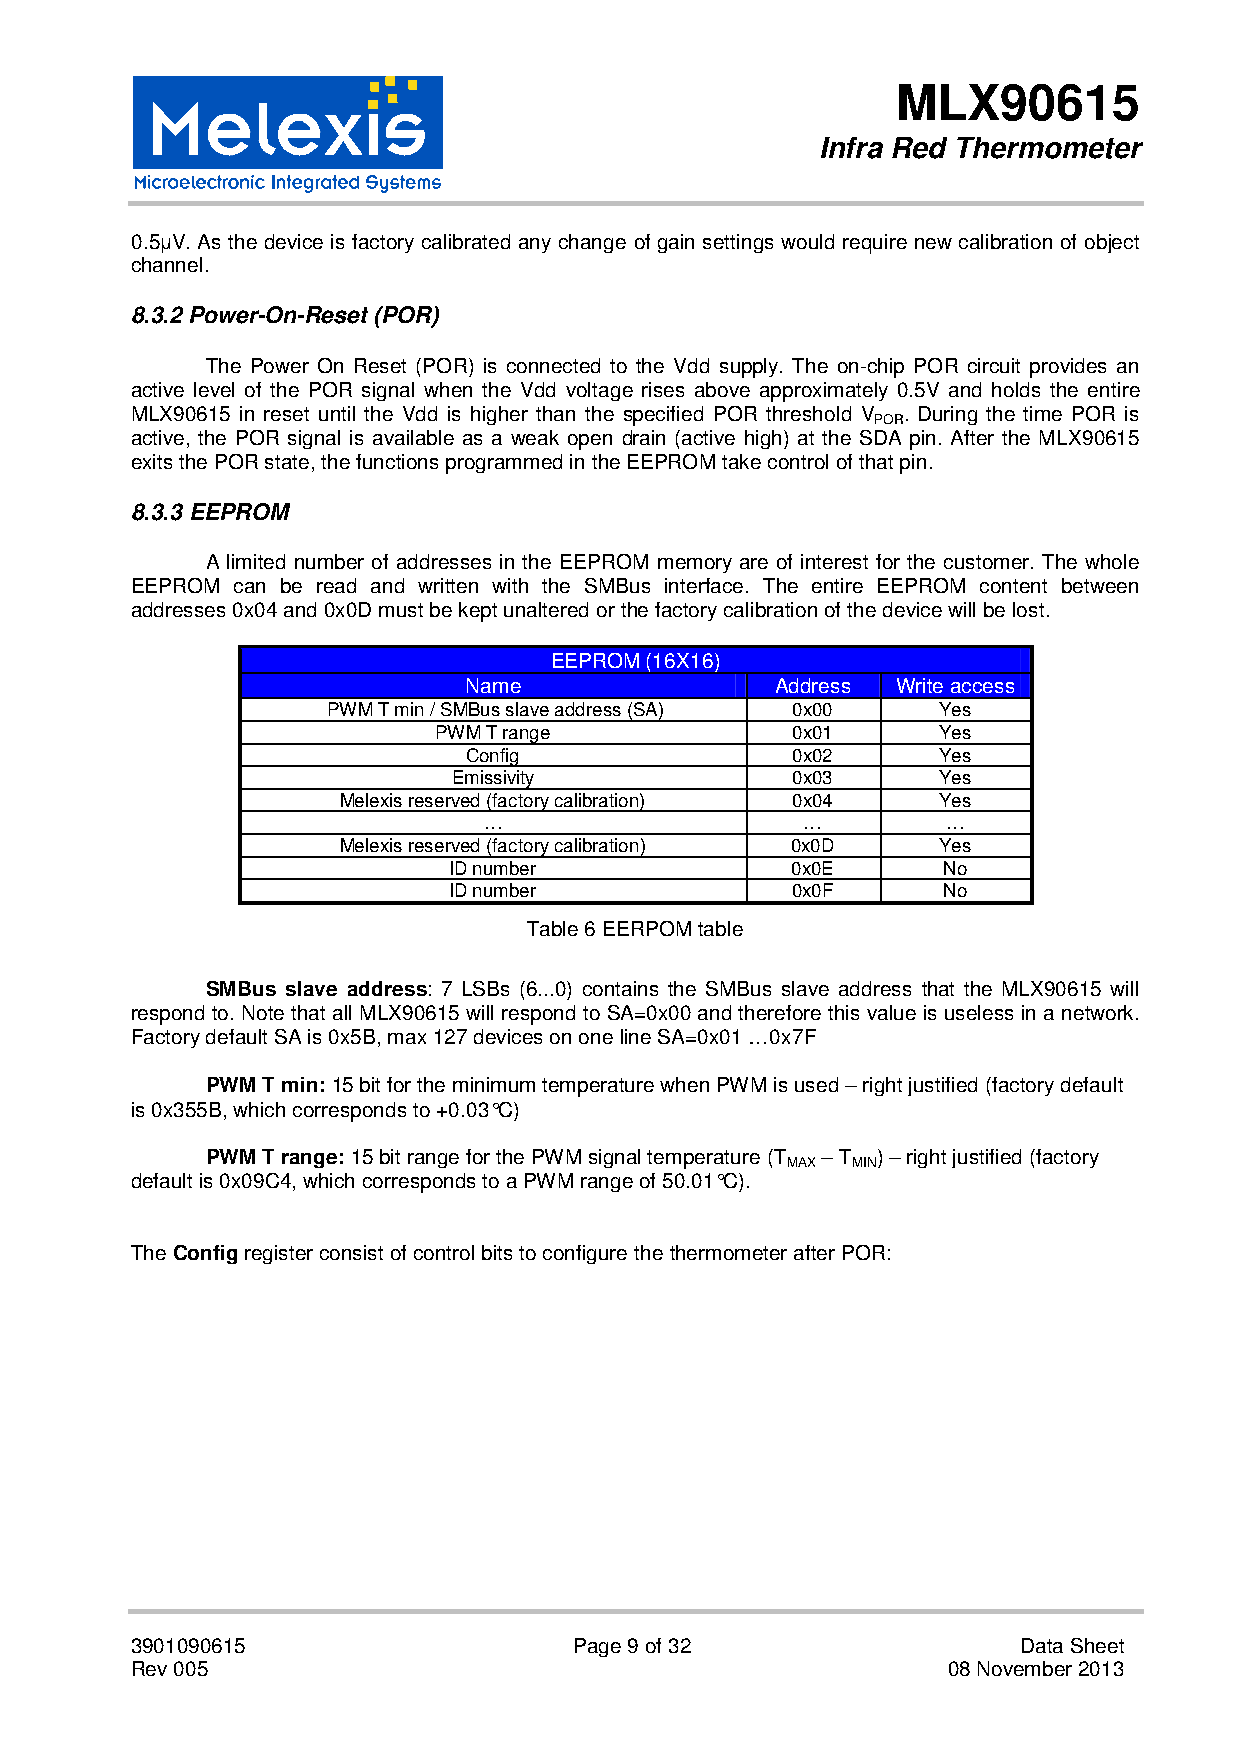
MLX90615
 Infra Red Thermometer
 0.5µV. As the device is factory calibrated any change of gain settings would require new calibration of object
 channel.
 8.3.2 Power-On-Reset (POR)
 The Power On Reset (POR) is connected to the Vdd supply. The on-chip POR circuit provides an
 active level of the POR signal when the Vdd voltage rises above approximately 0.5V and holds the entire
 MLX90615 in reset until the Vdd is higher than the specified POR threshold V . During the time POR is
 POR
 active, the POR signal is available as a weak open drain (active high) at the SDA pin. After the MLX90615
 exits the POR state, the functions programmed in the EEPROM take control of that pin.
 8.3.3 EEPROM
 A limited number of addresses in the EEPROM memory are of interest for the customer. The whole
 EEPROM can be read and written with the SMBus interface. The entire EEPROM content between
 addresses 0x04 and 0x0D must be kept unaltered or the factory calibration of the device will be lost.
 EEPROM (16X16)
 Name                Address Write access
 PWM T min / SMBus slave address (SA) 0x00 Yes
 PWM T range            0x01      Yes
 Config               0x02      Yes
 Emissivity            0x03      Yes
 Melexis reserved (factory calibration) 0x04 Yes
 …                    …         …
 Melexis reserved (factory calibration) 0x0D Yes
 ID number             0x0E      No
 ID number             0x0F      No
 Table 6 EERPOM table
 SMBus slave address: 7 LSBs (6...0) contains the SMBus slave address that the MLX90615 will
 respond to. Note that all MLX90615 will respond to SA=0x00 and therefore this value is useless in a network.
 Factory default SA is 0x5B, max 127 devices on one line SA=0x01 …0x7F
 PWM T min: 15 bit for the minimum temperature when PWM is used – right justified (factory default
 is 0x355B, which corresponds to +0.03°C)
 PWM T range: 15 bit range for the PWM signal temperature (T – T ) – right justified (factory
 MAX MIN
 default is 0x09C4, which corresponds to a PWM range of 50.01°C).
 The Config register consist of control bits to configure the thermometer after POR:
 3901090615                   Page 9 of 32                  Data Sheet
 Rev 005                                               08 November 2013